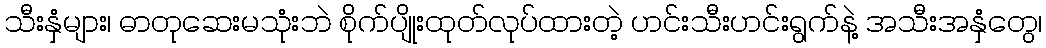
သီးနှံများ၊ ဓာတုဆေးမသုံးဘဲ စိုက်ပျိုးထုတ်လုပ်ထားတဲ့ ဟင်းသီးဟင်းရွက်နဲ့ အသီးအနှံတွေ၊